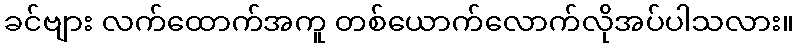
ခင်ဗျား လက်ထောက်အကူ တစ်ယောက်လောက်လိုအပ်ပါသလား။